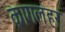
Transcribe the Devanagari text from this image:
कागलहर